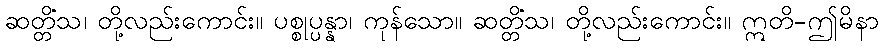
ဆတ္တိံသ၊ တို့လည်းကောင်း။ ပစ္စုပ္ပန္နာ၊ ကုန်သော။ ဆတ္တိံသ၊ တို့လည်းကောင်း။ ဣတိ-ဤမိနာ